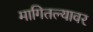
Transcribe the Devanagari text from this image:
मागितल्यावर